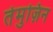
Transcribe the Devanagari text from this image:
तेमुज़िन